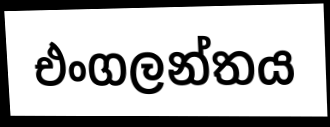
එංගලන්තය